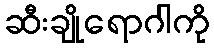
ဆီးချိုရောဂါကို